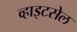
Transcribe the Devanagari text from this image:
व्हाइटसेल